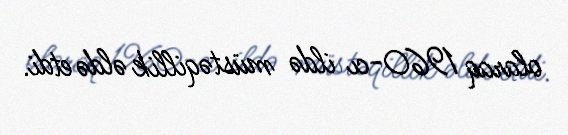
olaraq 1960-cı ildə müstəqillik əldə etdi.